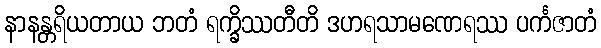
နာနန္တရိယတာယ ဘတံ ရက္ခိဿတီတိ ဒဟရသာမဏေရဿ ပင်္ကဇာတံ